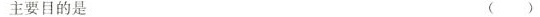
主要目的是 ()